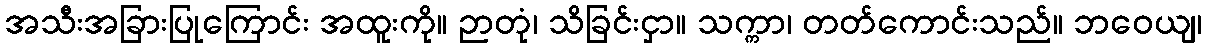
အသီးအခြားပြုကြောင်း အထူးကို။ ဉာတုံ၊ သိခြင်းငှာ။ သက္ကာ၊ တတ်ကောင်းသည်။ ဘဝေယျ၊